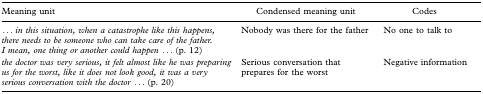
<table><thead><tr><td><b>Meaning unit</b></td><td><b>Condensed meaning unit</b></td><td><b>Codes</b></td></tr></thead><tbody><tr><td><i>... in this situation, when a catastrophe like this happens, there needs to be someone who can take care of the father. I mean, one thing or another could happen ...</i> (p. 12)</td><td>Nobody was there for the father</td><td>No one to talk to</td></tr><tr><td><i>the doctor was very serious, it felt almost like he was preparing us for the worst, like it does not look good, it was a very serious conversation with the doctor ...</i> (p. 20)</td><td>Serious conversation that prepares for the worst</td><td>Negative information</td></tr></tbody></table>